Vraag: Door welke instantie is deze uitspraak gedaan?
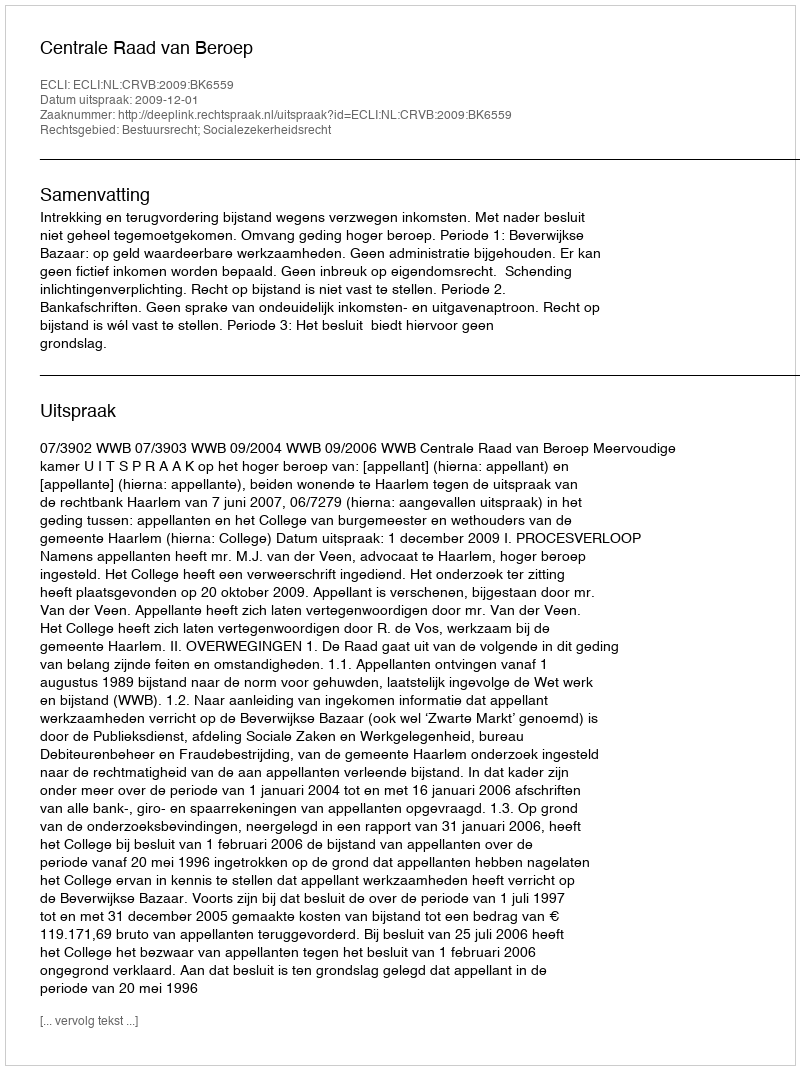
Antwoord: Centrale Raad van Beroep